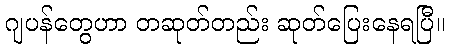
ဂျပန်တွေဟာ တဆုတ်တည်း ဆုတ်ပြေးနေရပြီ။